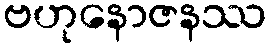
ဗဟုနောဇနဿ